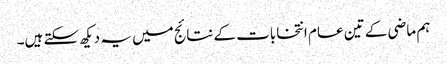
ہم ماضی کے تین عام انتخابات کے نتائج میں یہ دیکھ سکتے ہیں۔